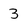
Character: 3